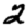
Digit: 2